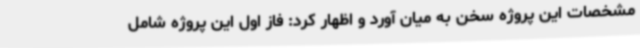
مشخصات این پروژه سخن به میان آورد و اظهار کرد: فاز اول این پروژه شامل